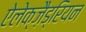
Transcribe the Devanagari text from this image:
ऐलेक्ज़ैड्रियन